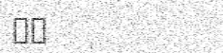
٤١